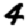
Digit: 4